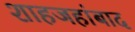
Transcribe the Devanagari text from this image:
शाहजहांबाद